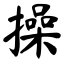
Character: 操